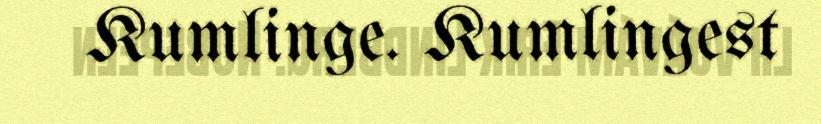
Kumlinge. Kumlingest